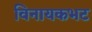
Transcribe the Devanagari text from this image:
विनायकभट